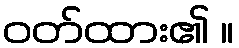
ဝတ်ထား၏ ။